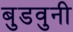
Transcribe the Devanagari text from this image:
बुडवुनी